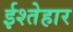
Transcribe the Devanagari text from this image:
ईश्तेहार